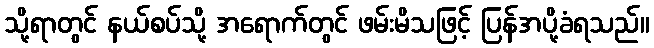
သို့ရာတွင် နယ်စပ်သို့ အရောက်တွင် ဖမ်းမိသဖြင့် ပြန်အပို့ခံရသည်။